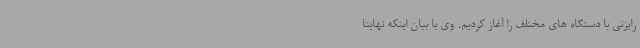
رایزنی با دستگاه های مختلف را آغاز کردیم. وی با بیان اینکه نهایتا